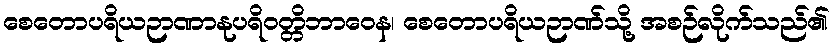
စေတောပရိယဉာဏာနုပရိဝတ္တိဘာဝေန၊ စေတောပရိယဉာဏ်သို့ အစဉ်လိုက်သည်၏